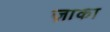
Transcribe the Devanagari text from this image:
ज़ाका